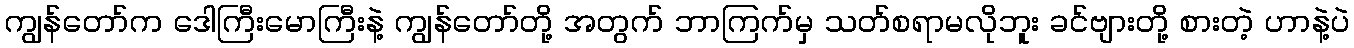
ကျွန်တော်က ဒေါကြီးမောကြီးနဲ့ ကျွန်တော်တို့ အတွက် ဘာကြက်မှ သတ်စရာမလိုဘူး ခင်ဗျားတို့ စားတဲ့ ဟာနဲ့ပဲ